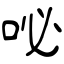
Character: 咇